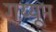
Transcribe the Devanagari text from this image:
गय्यूम